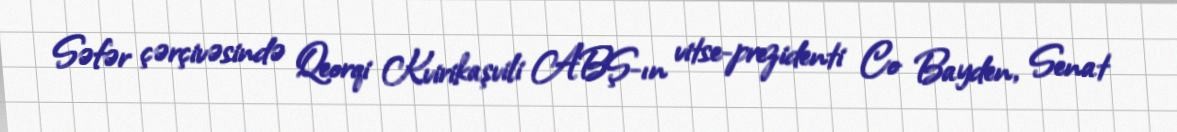
Səfər çərçivəsində Qeorqi Kvirikaşvili ABŞ-ın vitse-prezidenti Co Bayden, Senat